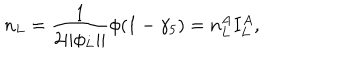
n _ { L } = \frac 1 { 2 | | \phi _ { L } | | } \phi ( 1 - \gamma _ { 5 } ) = n _ { L } ^ { A } I _ { L } ^ { A } ,